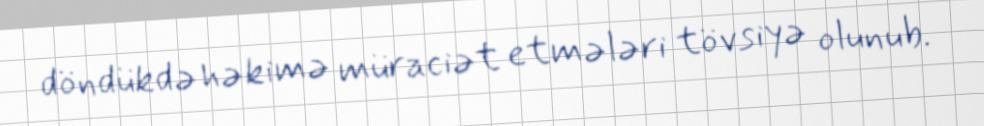
döndükdə həkimə müraciət etmələri tövsiyə olunub.